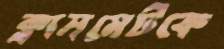
ক্লাসমেটকে